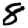
Digit: 8